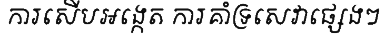
ការសើបអង្កេត ការគាំទ្រសេវាផ្សេងៗ